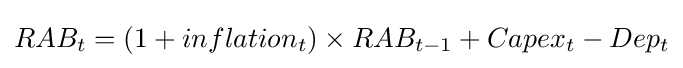
RAB_{t}=(1+inflation_{t})\times RAB_{t-1}+Capex_{t}-Dep_{t}